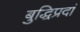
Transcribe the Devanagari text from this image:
बुद्धिप्रदां